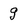
Character: g